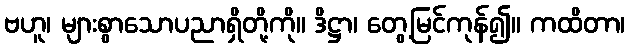
ဗဟူ၊ များစွာသောပညာရှိတို့ကို။ ဒိဋ္ဌာ၊ တွေ့မြင်ကုန်၍။ ကထိတာ၊